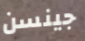
جينسن